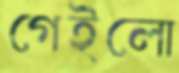
গেইলো